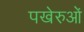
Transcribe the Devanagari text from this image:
पखेरुओं